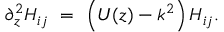
\partial _ { z } ^ { 2 } H _ { i j } \ = \ \left( U ( z ) - k ^ { 2 } \right) H _ { i j } .